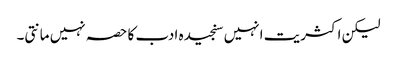
لیکن اکثریت انہیں سنجیدہ ادب کا حصہ نہیں مانتی۔